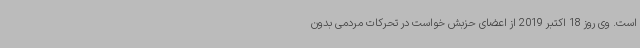
است. وی روز 18 اکتبر 2019 از اعضای حزبش خواست در تحرکات مردمی بدون